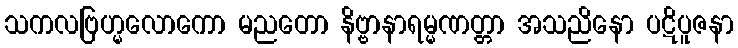
သကလဗြဟ္မလောကော မညတော နိဗ္ဗာနာရမ္မဏတ္တာ အသညိနော ပဋိပူဇနာ